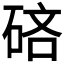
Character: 𰧄